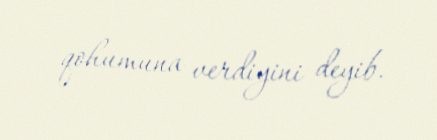
qohumuna verdiyini deyib.